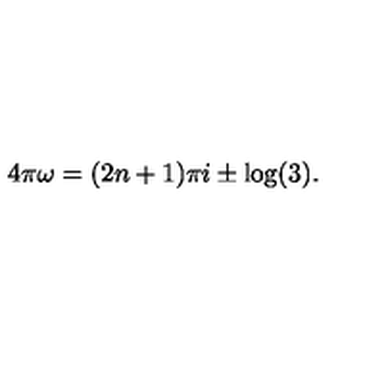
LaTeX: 4 \pi \omega = ( 2 n + 1 ) \pi i \pm \log ( 3 ) .